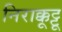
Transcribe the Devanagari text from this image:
निराक्कूट्टू